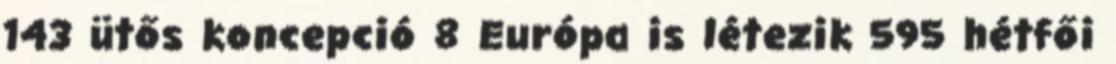
143 ütős koncepció 8 Európa is létezik 595 hétfői